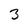
Character: 3